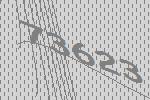
73623